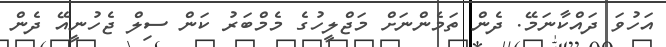
އަހުވަ ދައްކާނަމޭ. ދެން ތަމެންނަށް މަޖްލީހުގެ މެމްބަރު ކަން ސިލް ޖެހުނީއޭ ދެން